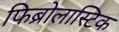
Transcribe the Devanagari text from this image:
फिब्रोलास्टिक